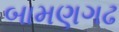
બામણગઢ